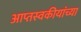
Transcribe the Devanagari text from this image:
आप्तस्वकीयांच्या